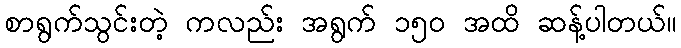
စာရွက်သွင်းတဲ့ ကလည်း အရွက် ၁၅ဝ အထိ ဆန့်ပါတယ်။